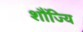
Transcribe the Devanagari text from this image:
शौंज्यि